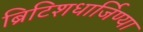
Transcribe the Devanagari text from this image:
ब्रिटिशधार्जिण्या